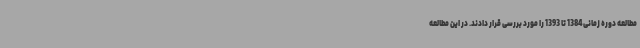
مطالعه دوره زمانی 1384 تا 1393 را مورد بررسی قرار دادند. در این مطالعه